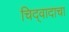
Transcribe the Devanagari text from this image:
चिद्‌वादाचा